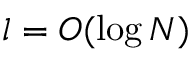
l = O ( \log N )